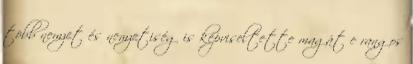
több nemzet és nemzetiség is képviseltette magát e rangos